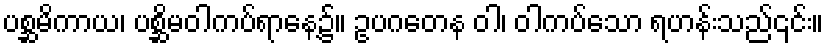
ပစ္ဆမိကာယ၊ ပစ္ဆိမဝါကပ်ရာနေ့၌။ ဥပဂတေန ဝါ၊ ဝါကပ်သော ရဟန်းသည်၎င်း။